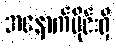
အနောက်ပိုင်းရှိ